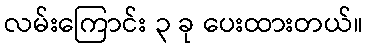
လမ်းကြောင်း ၃ ခု ပေးထားတယ်။